Leningradi_Edasi_toimetus, lk 12
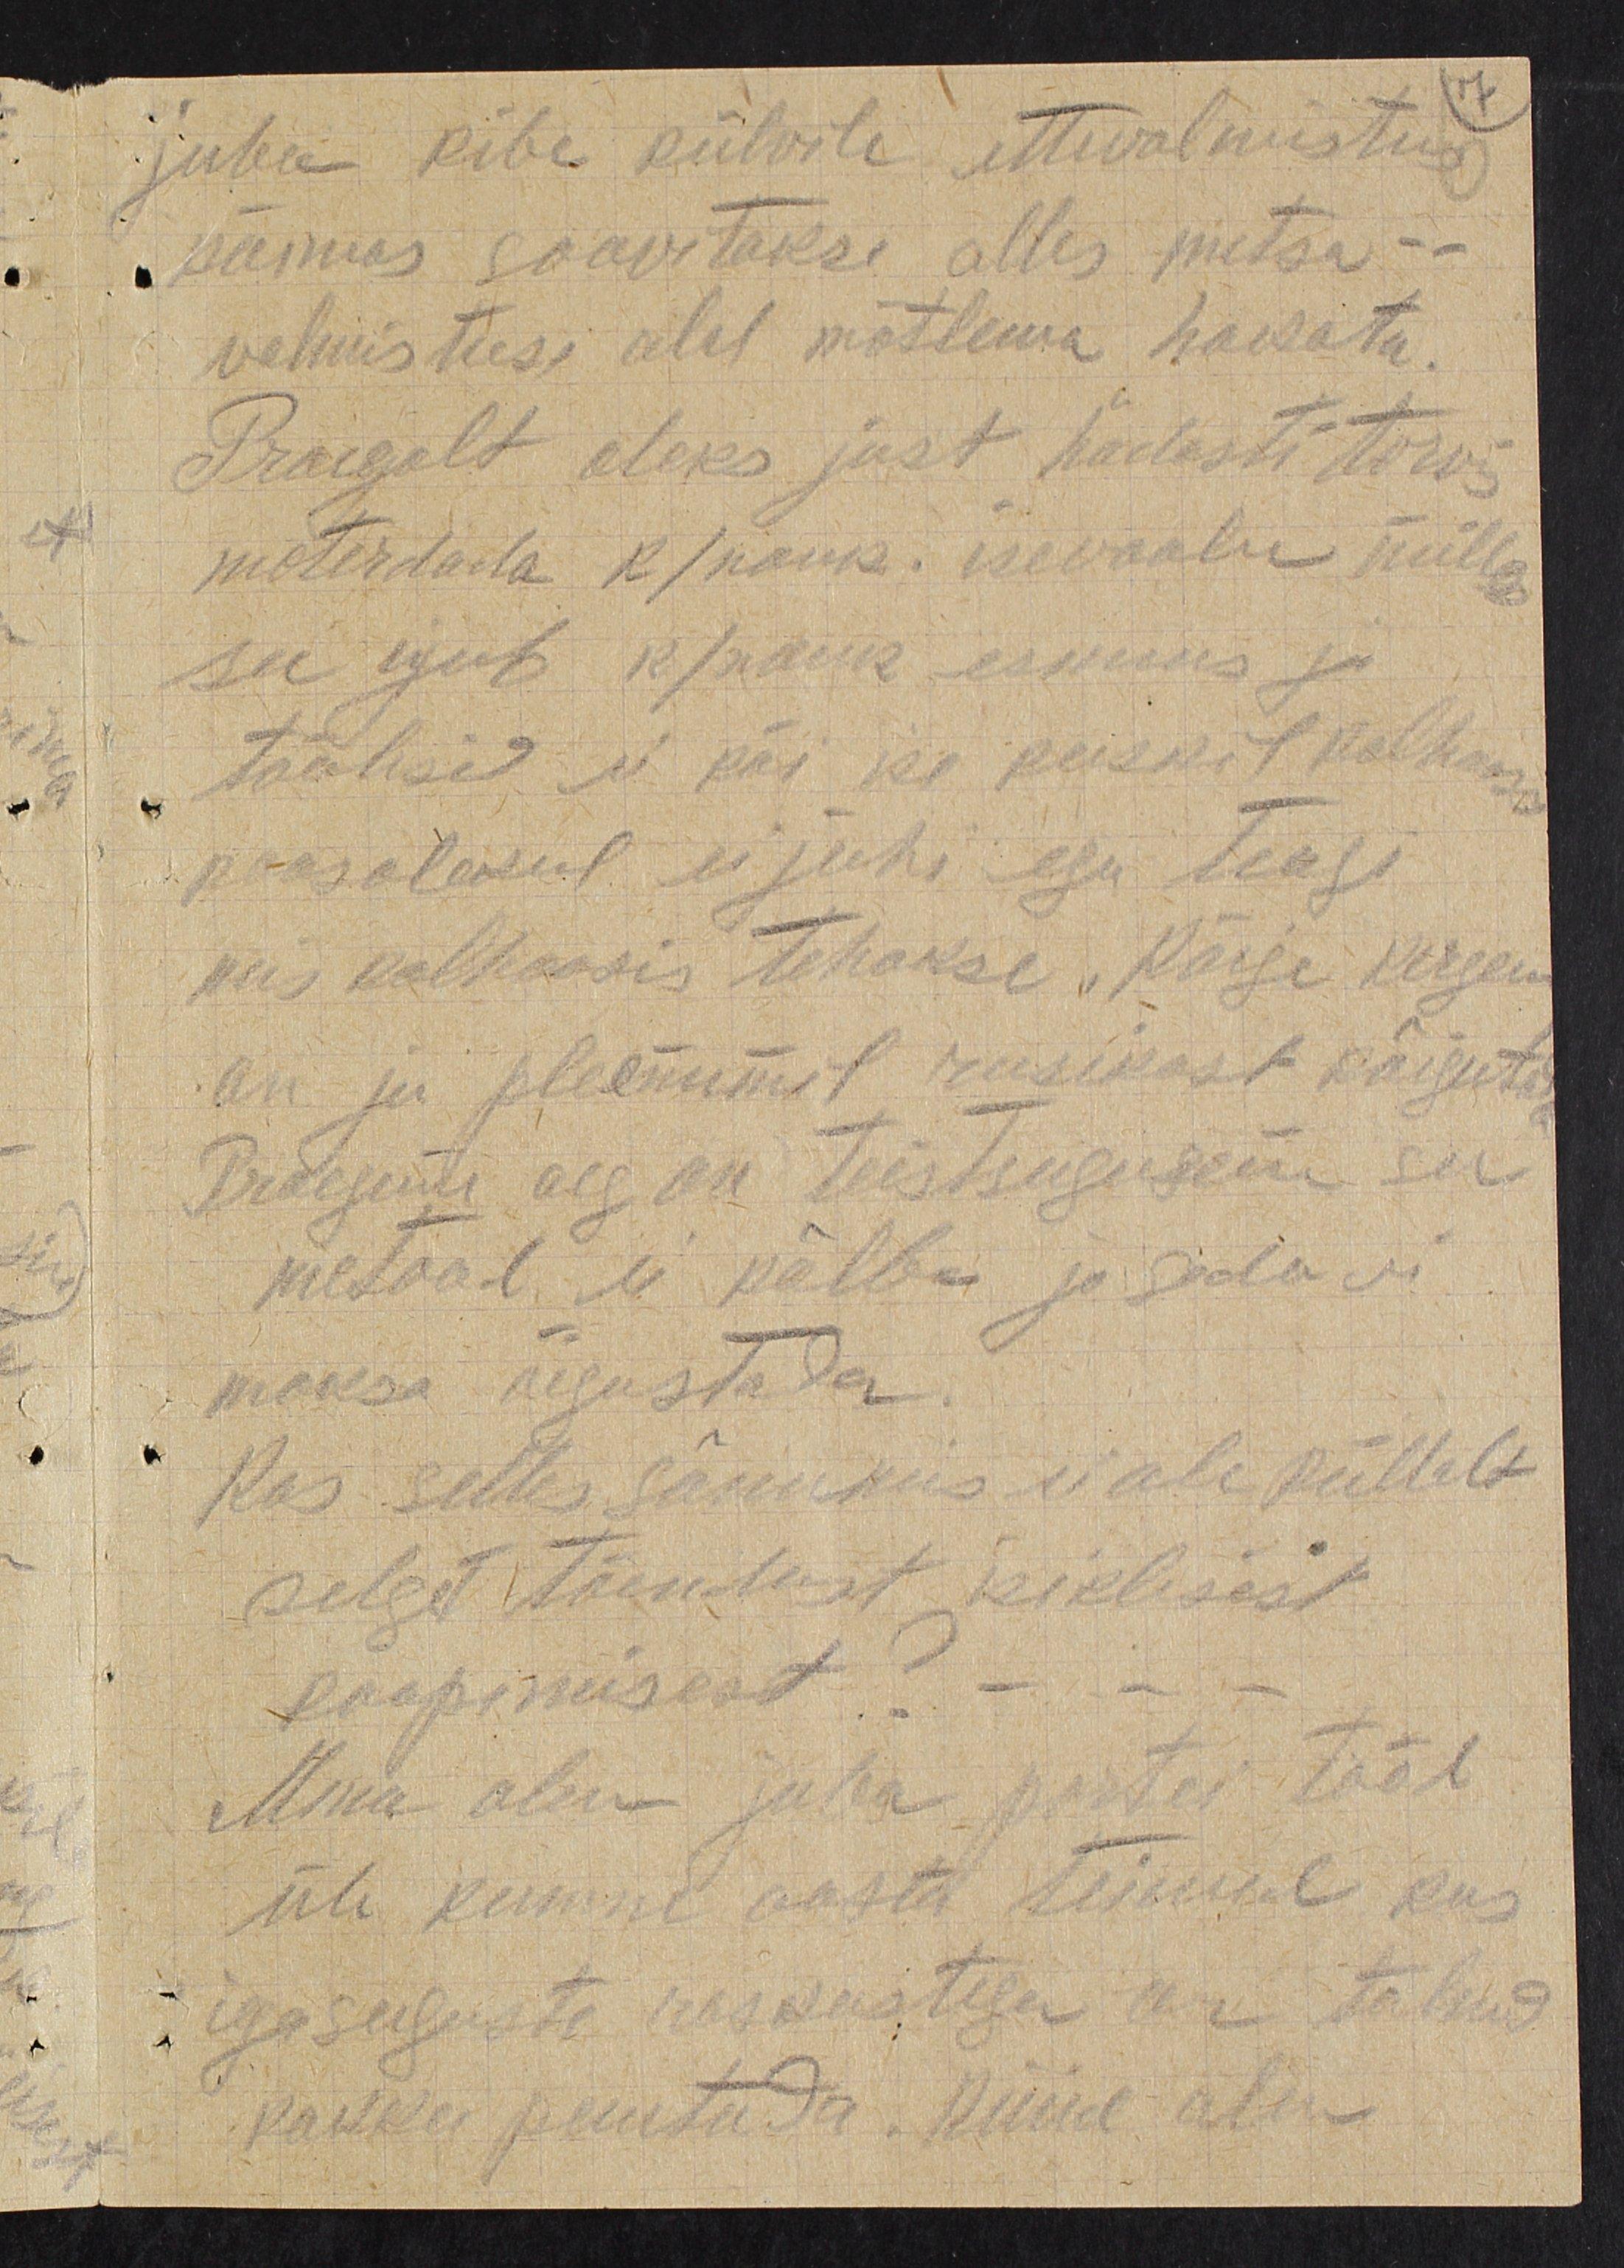
juba kibe külvile ettevalmistus
käimas soovitakse alles metsa-
valmistuse alal mõtlema hakkata.
Praegult oleks just hädasti tarwis
materdada k /nõuk. isevoolu külla
see ujub k/nõuk esimees ja
töölised ei käi ise kuskil kolhoosi
koosolekul ei juhi ega teagi
mis kolhoosis tehakse. Kõige kergem
on ju pleenumil rusikast kõigutada
Praegune aeg on teistsugusem see
metood ei kõlba ja seda ei
maksa õigustada.
Kas selles sõnumiks ei ole küllalt
selget tõendust isiklisest
kaapimisest?
Mina olen juba partei tööl
üle kümne aasta teinud kus
igasuguste raskustega on tulnud
kokku puutada. Nüüd olin